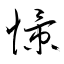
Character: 憬